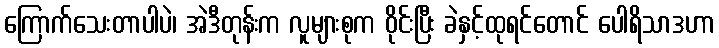
ကြောက်သေးတာပါပဲ၊ အဲဒီတုန်းက လူများစုက ဝိုင်းပြီး ခဲနှင့်ထုရင်တောင် ပေါရိသာဒဟာ